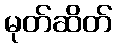
မုတ်ဆိတ်